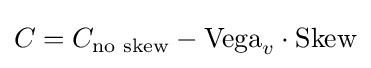
C=C_{\text{no skew}}-{\text{Vega}}_{v}\cdot {\text{Skew}}